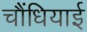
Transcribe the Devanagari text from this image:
चौंधियाई